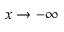
x \rightarrow - \infty